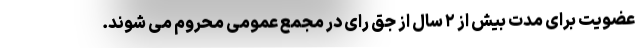
عضویت برای مدت بیش از ۲ سال از جق رای در مجمع عمومی محروم می شوند.